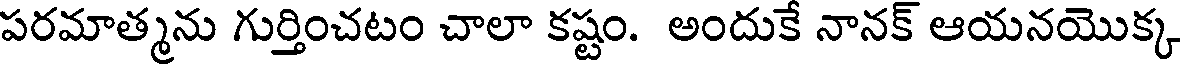
పరమాత్మను గుర్తించటం చాలా కష్టం. అందుకే నానక్ ఆయనయొక్క